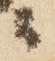
々